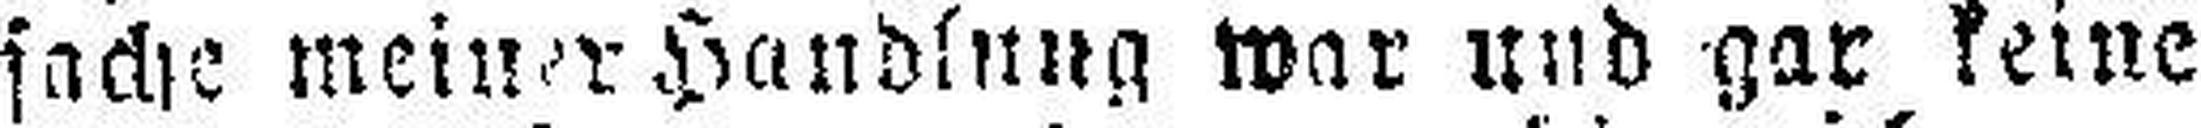
sache meiner Handlung war und gar keine